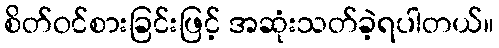
စိတ်ဝင်စားခြင်းဖြင့် အဆုံးသတ်ခဲ့ရပါတယ်။